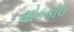
મોકકોલ